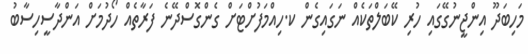
މަހިބަދޫ އިންޖީނުގޭގައި ހުރި ކޭބަލްތަކެއް ނަގައިގެން ކ.ހިއްމަފުށްޓަށް ގެންގޮސްދޭނެ ފަރާތެއް ހޯދުމަށް އަންދާސީހިސާބު